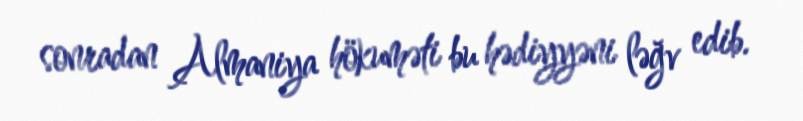
sonradan Almaniya hökuməti bu hədiyyəni ləğv edib.